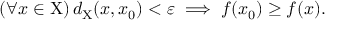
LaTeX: ( \forall x \in \mathrm { X } ) \, d _ { \mathrm { X } } ( x , x _ { 0 } ) < \varepsilon \implies f ( x _ { 0 } ) \geq f ( x ) .